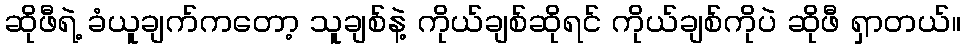
ဆိုဖီရဲ့ ခံယူချက်ကတော့ သူချစ်နဲ့ ကိုယ်ချစ်ဆိုရင် ကိုယ်ချစ်ကိုပဲ ဆိုဖီ ရှာတယ်။